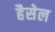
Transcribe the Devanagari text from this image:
हैसेल